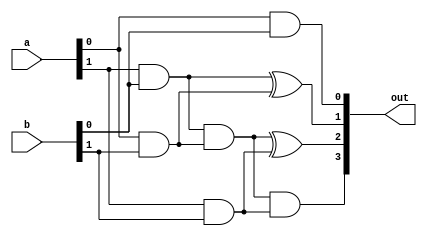
`timescale 1ns / 1ps
//////////////////////////////////////////////////////////////////////////////////
// Company: 
// Engineer: 
// 
// Design Name: 
// Module Name: fast_multiplier_2x2
// Project Name: 
// Target Devices: 
// Tool Versions: 
// Description: 
// 
// Dependencies: 
// 
// Revision:
// Revision 0.01 - File Created
// Additional Comments:
// 
//////////////////////////////////////////////////////////////////////////////////


module fast_multiplier_2x2(
    input [1:0] a,
    input [1:0] b,
    output [3:0] out
    );
    wire temp;
    assign out[0]= a[0]&b[0];
    assign out[1]= (a[1]&b[0])^(a[0]&b[1]);
    assign temp =  (a[1]&b[0])&(a[0]&b[1]);
    assign out[2]= temp ^(a[1]&b[1]);
    assign out[3]= temp &(a[1]&b[1]);
endmodule